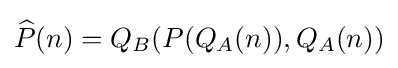
{\widehat {P}}(n)=Q_{B}(P(Q_{A}(n)),Q_{A}(n))